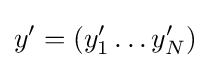
y^{\prime }=(y_{1}^{\prime }\ldots y_{N}^{\prime })